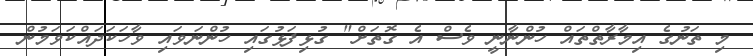
މި ތަނުގެ އިމާރާތްތައް ހުންނާނީ ވެސް އެ ގޮތަށް" ގުޅިފަޅުގައި ހުންނަވައި ވާހަކަދައްކަވަމުން